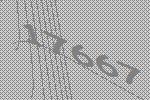
17667